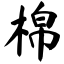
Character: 棉